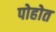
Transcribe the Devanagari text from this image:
पोहोत